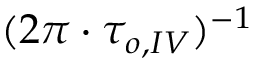
( 2 \pi \cdot \tau _ { o , I V } ) ^ { - 1 }